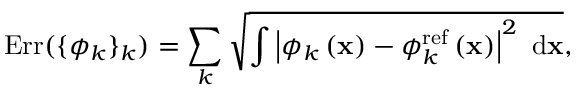
\mathrm { E r r } ( \{ \phi _ { k } \} _ { k } ) = \sum _ { k } { \sqrt { \int { \left| \phi _ { k } \left( { \bf x } \right) - \phi _ { k } ^ { \mathrm { r e f } } \left( { \bf x } \right) \right| ^ { 2 } \ \mathrm { d } { \bf x } } } } ,